Indian journal of veterinary science and animal husbandry - Volumes 18-21, 1948-1951
Year: 1948
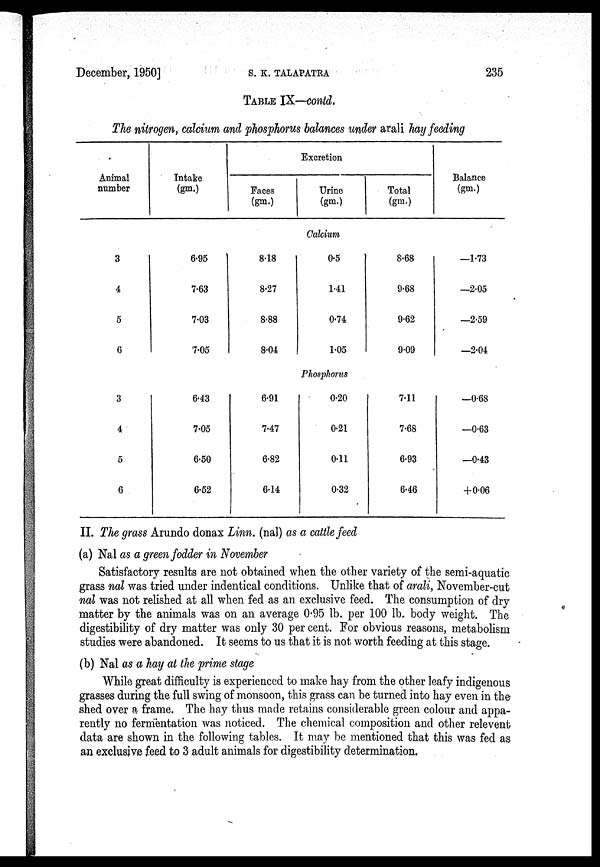
December, 1950]
S.
K.
TALAPATRA
235
TABLE IX—contd.
The nitrogen, calcium and phosphorus balances under arali hay feeding
Animal
number
Intake
(gm.)
Excretion
Faces
(gm.)
Urine
(gm.)
Total
(gm.)
Balance
(gm.)
Calcium
3
4
5
6
6.95
7.63
7.03
7.05
8.18
8.27
8.88
8.04
0.5
1.41
0.74
1.05
8.68
9.68
9.62
9.09
—1.73
—2.05
—2.59
—2.04
Phosphorus
3
4
5
6
6.43
7.05
6.50
6.52
6.91
7.47
6.82
6.14
0.20
0.21
0.11
0.32
7.11
7.68
6.93
6.46
—0.68
—0.63
—0.43
+0.06
II. The grass Arundo donax Linn. (nal) as a cattle feed
(a) Nal as a green fodder in November
Satisfactory results are not obtained when the other variety of the semi-aquatic
grass nal was tried under indentical conditions. Unlike that of arali, November-cut
nal was not relished at all when fed as an exclusive feed. The consumption of dry
matter by the animals was on an average 0.95 lb. per 100 lb. body weight. The
digestibility of dry matter was only 30 per cent. For obvious reasons, metabolism
studies were abandoned. It seems to us that it is not worth feeding at this stage.
(b) Nal as a hay at the prime stage
While great difficulty is experienced to make hay from the other leafy indigenous
grasses during the full swing of monsoon, this grass can be turned into hay even in the
shed over a frame. The hay thus made retains considerable green colour and appa-
rently no fermentation was noticed. The chemical composition and other relevent
data are shown in the following tables. It may be mentioned that this was fed as
an exclusive feed to 3 adult animals for digestibility determination.